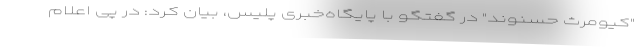
"کیومرث حسنوند" در گفتگو با پایگاه‌خبری پلیس، بیان کرد: در پی اعلام